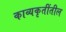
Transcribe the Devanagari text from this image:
काव्यकृतींतील